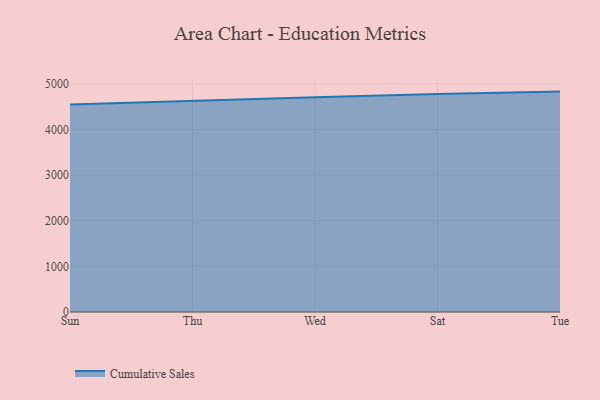
{"axis": {"x": "Day", "y": "Churn Rate (%)"}, "legend": ["Cumulative Sales"], "data": [{"x": "Sun", "y": 4545.5, "type": "Cumulative Sales"}, {"x": "Thu", "y": 4628.3, "type": "Cumulative Sales"}, {"x": "Wed", "y": 4702.3, "type": "Cumulative Sales"}, {"x": "Sat", "y": 4776.4, "type": "Cumulative Sales"}, {"x": "Tue", "y": 4828.1, "type": "Cumulative Sales"}]}